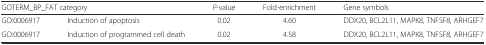
| <COLSPAN=2> GOTERM_BP_FAT category | P-value | Fold-enrichment | Gene symbols |
 | --- | --- | --- | --- | --- |
 | GO:0006917 | Induction of apoptosis | 0.02 | 4.60 | DDX20, BCL2L11, MAPK8, TNFSF8, ARHGEF7 |
 | GO:0006917 | Induction of programmed cell death | 0.02 | 4.58 | DDX20, BCL2L11, MAPK8, TNFSF8, ARHGEF7 |